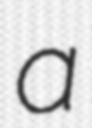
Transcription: a